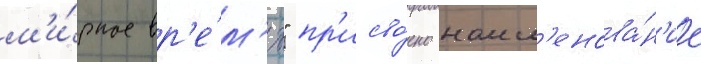
м'и́рное вр'е́м'я" пр'исво́ено наим'енова́н'ие